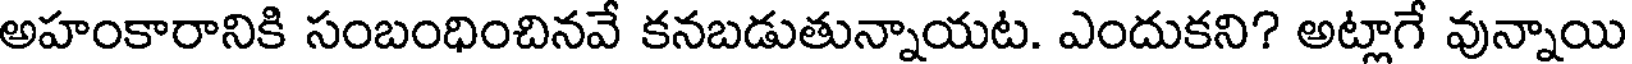
అహంకారానికి సంబంధించినవే కనబడుతున్నాయట. ఎందుకని? అట్లాగే వున్నాయి